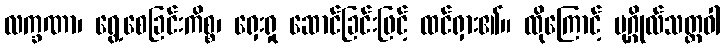
လက္ခဏာ၊ ရွေ့စေခြင်းကိစ္စ၊ ရှေးရှု ဆောင်ခြင်းဖြင့် ထင်ရှား၏။ ထိုကြောင့် ပုဂ္ဂိုလ်သတ္တဝါ